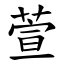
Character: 萱